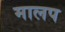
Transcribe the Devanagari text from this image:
मालप